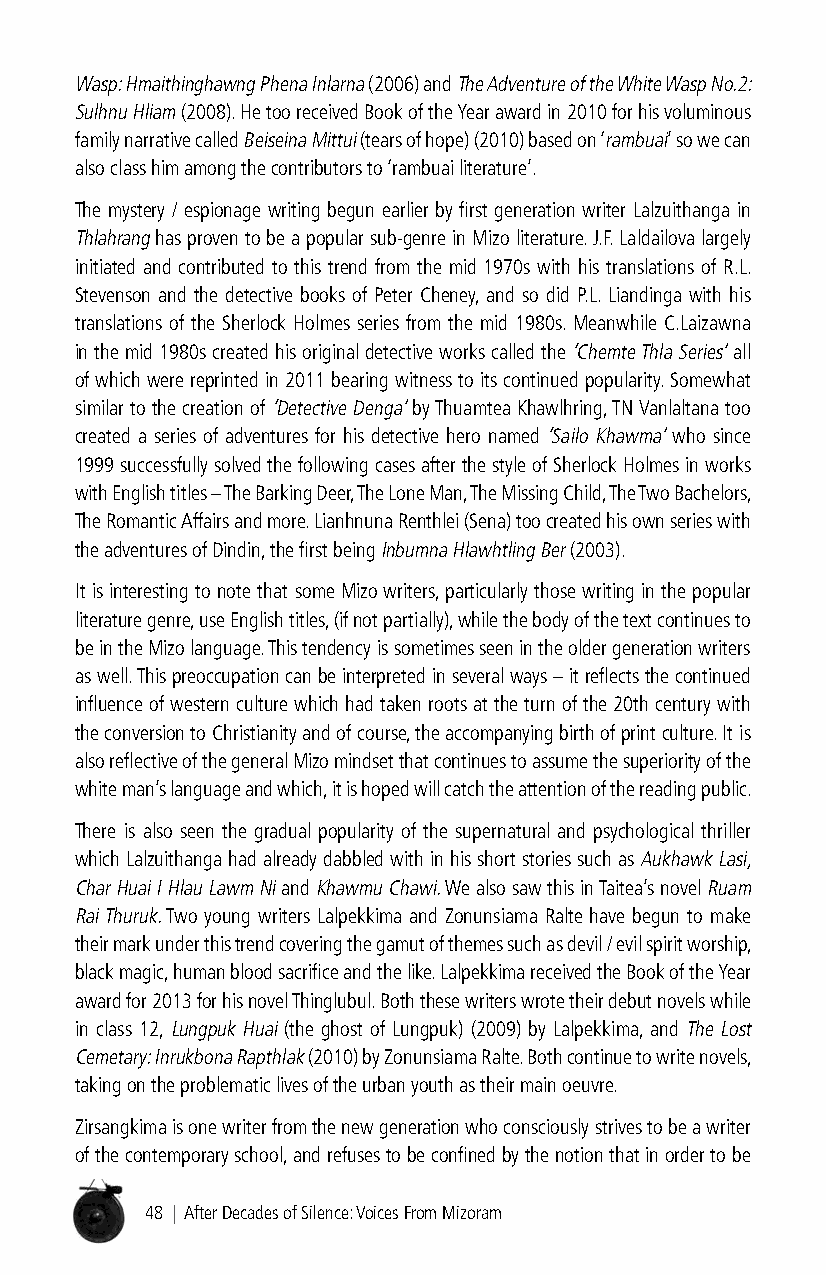
Wasp: Hmaithinghawng Phena Inlarna (2006) and The Adventure of the White Wasp No.2:
 Sulhnu Hliam (2008). He too received Book of the Year award in 2010 for his voluminous
 family narrative called Beiseina Mittui (tears of hope) (2010) based on ‘rambuai’ so we can
 also class him among the contributors to ‘rambuai literature’.
 The mystery / espionage writing begun earlier by first generation writer Lalzuithanga in
 Thlahrang has proven to be a popular sub-genre in Mizo literature. J.F. Laldailova largely
 initiated and contributed to this trend from the mid 1970s with his translations of R.L.
 Stevenson and the detective books of Peter Cheney, and so did P.L. Liandinga with his
 translations of the Sherlock Holmes series from the mid 1980s. Meanwhile C.Laizawna
 in the mid 1980s created his original detective works called the ‘Chemte Thla Series’ all
 of which were reprinted in 2011 bearing witness to its continued popularity. Somewhat
 similar to the creation of ‘Detective Denga’ by Thuamtea Khawlhring, TN Vanlaltana too
 created a series of adventures for his detective hero named ‘Sailo Khawma’ who since
 1999 successfully solved the following cases after the style of Sherlock Holmes in works
 with English titles – The Barking Deer, The Lone Man, The Missing Child, The Two Bachelors,
 The Romantic Affairs and more. Lianhnuna Renthlei (Sena) too created his own series with
 the adventures of Dindin, the first being Inbumna Hlawhtling Ber (2003).
 It is interesting to note that some Mizo writers, particularly those writing in the popular
 literature genre, use English titles, (if not partially), while the body of the text continues to
 be in the Mizo language. This tendency is sometimes seen in the older generation writers
 as well. This preoccupation can be interpreted in several ways – it reflects the continued
 influence of western culture which had taken roots at the turn of the 20th century with
 the conversion to Christianity and of course, the accompanying birth of print culture. It is
 also reflective of the general Mizo mindset that continues to assume the superiority of the
 white man’s language and which, it is hoped will catch the attention of the reading public.
 There is also seen the gradual popularity of the supernatural and psychological thriller
 which Lalzuithanga had already dabbled with in his short stories such as Aukhawk Lasi,
 Char Huai I Hlau Lawm Ni and Khawmu Chawi. We also saw this in Taitea’s novel Ruam
 Rai Thuruk. Two young writers Lalpekkima and Zonunsiama Ralte have begun to make
 their mark under this trend covering the gamut of themes such as devil / evil spirit worship,
 black magic, human blood sacrifice and the like. Lalpekkima received the Book of the Year
 award for 2013 for his novel Thinglubul. Both these writers wrote their debut novels while
 in class 12, Lungpuk Huai (the ghost of Lungpuk) (2009) by Lalpekkima, and The Lost
 Cemetary: Inrukbona Rapthlak (2010) by Zonunsiama Ralte. Both continue to write novels,
 taking on the problematic lives of the urban youth as their main oeuvre.
 Zirsangkima is one writer from the new generation who consciously strives to be a writer
 of the contemporary school, and refuses to be confined by the notion that in order to be
 48 | After Decades of Silence: Voices From Mizoram